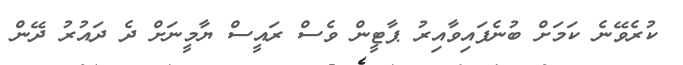
ކުރެވޭނެ ކަމަށް ބުނެފައިވާއިރު ޕާޓީން ވެސް ރައީސް ޔާމީނަށް ދެ ދައުރު ދޭން